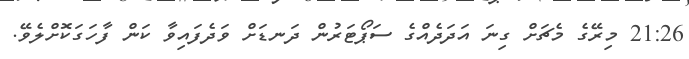
21:26 މިރޭގެ މެޗަށް ގިނަ އަދަދެއްގެ ސަޕޯޓަރުން ދަނޑަށް ވަދެފައިވާ ކަން ފާހަގަކޮށްލެވޭ.